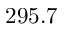
2 9 5 . 7